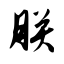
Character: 朕